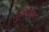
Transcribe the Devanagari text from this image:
सुंदरीहृदय